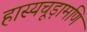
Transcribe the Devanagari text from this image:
हास्यचूड़ामणि